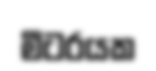
මීටරයක